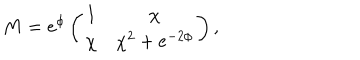
M = e ^ { \phi } \left( \begin{array} { c c } { { 1 } } & { { \chi } } \\ { { \chi } } & { { \chi ^ { 2 } + e ^ { - 2 \phi } } } \\ \end{array} \right) ,